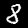
Digit: 8